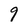
Character: 9